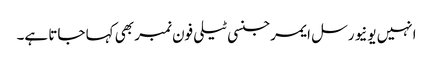
انہیں یونیورسل ایمرجنسی ٹیلی فون نمبر بھی کہا جاتا ہے۔